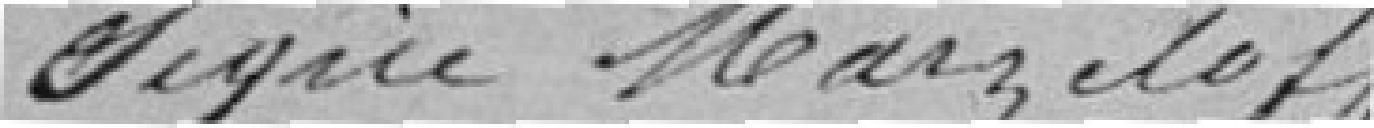
signé Marzeloff